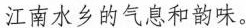
江南水乡的气息和韵味。